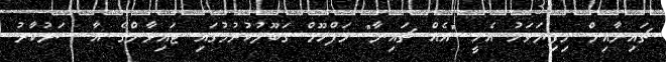
ޗައިނާއިން މިފިޔަވަޅު އެޅީ "އެއް ޗައިނާ" މަފްހޫމް ގަބޫލުކުރުމުގައި ޓައިވާންގެ އާ ސަރުކާރު